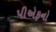
પીએફનો